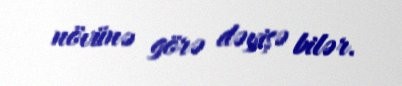
növünə görə dəyişə bilər.